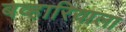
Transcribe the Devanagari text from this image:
बव्हारियाला